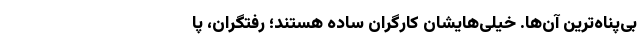
بی‌پناه‌ترینِ آن‌ها. خیلی‌هایشان کارگرانِ ساده هستند؛ رفتگران، پا